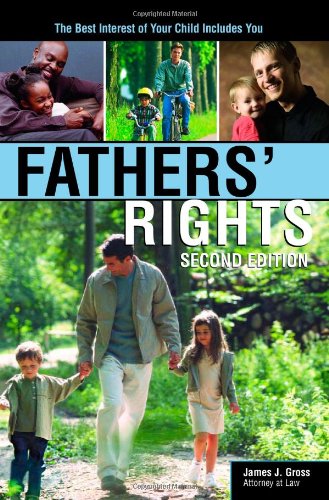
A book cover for Fathers' Rights: The Best Interest of Your Child Includes You; James Gross; Law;